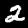
Digit: 2